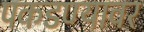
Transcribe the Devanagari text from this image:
पकडण्यावर